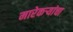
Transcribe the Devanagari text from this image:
मारेकऱ्यांचा